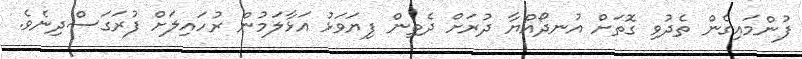
ފުންމައިގެން ތެދުވި ގޮތަށް އުނދޯއްޔާ ދުރަށް ދެތިން ފިޔަވަޅު އަޅާލަމުން ރުހައިލަށް ފުރަގަސްދިނެވެ.